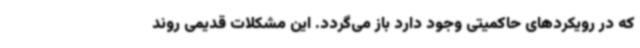
که در رویکردهای حاکمیتی وجود دارد باز می‌گردد. این‌ مشکلات قدیمی روند